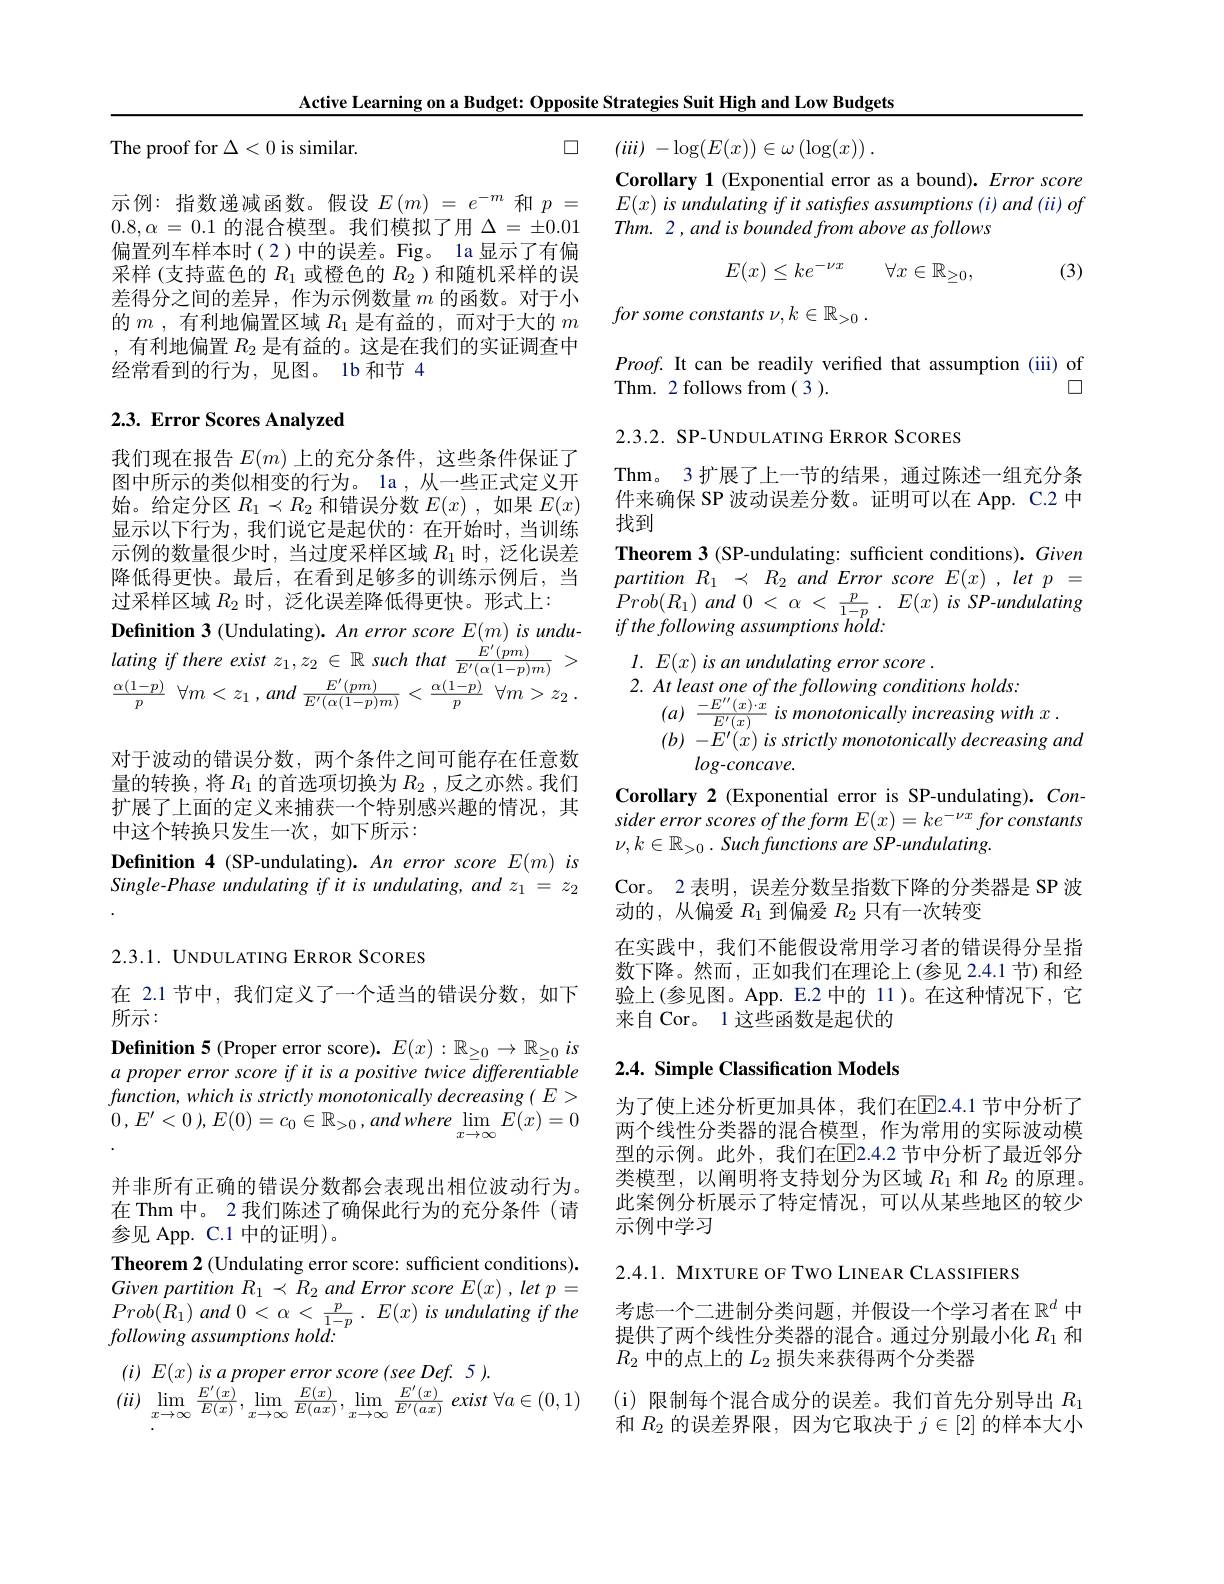
Active Learning on a Budget: Opposite Strategies Suit High and Low Budgets

The proof for $\Delta<0$ is similar.

$\square$ $( i\ddot{u} )$ $- \log ( E( x) ) \in \omega \left ( \log ( x) \right ) .$

Corollary 1 (Exponential error as a bound). Error score $E( x) \textit{is undulating if it satisfres assumptions }( i) \textit{and ( ii) of}$ Thm. 2, and is bounded from above as follows
$$E(x)\leq ke^{-\nu x}\quad\forall x\in\mathbb{R}_{\geq0},$$
(3)

示例：指数递减函数。假设$E(m)=e^-m$和$p=$ $0.8,\alpha=0.1$的混合模型。我们模拟了用$\Delta=\pm0.01$ 偏置列车样本时(2)中的误差。Fig。la 显示了有偏采样 (支持蓝色的$R_1$或橙色的$R_2$ )和随机采样的误差得分之间的差异，作为示例数量$m$的函数。对于小的$m$ ,有利地偏置区域$R_1$是有益的，而对于大的$m$ ,有利地偏置$R_{2}$是有益的。这是在我们的实证调查中经常看到的行为，见图。1b 和节 4

for some constants $\nu , k\in \mathbb{R} _> 0$ .

$Proof.$ It can be readily verified that assumption (iii) of
$\square$
Thm. 2 follows from (3).

## 2.3. Error Scores Analyzed

我们现在报告$E(m)$上的充分条件，这些条件保证了图中所示的类似相变的行为。la ,从一些正式定义开始。给定分区$R_1\prec R_2$和错误分数$E(x)$,如果$E(x)$ 显示以下行为，我们说它是起伏的：在开始时，当训练示例的数量很少时，当过度采样区域$R_1$时，泛化误差降低得更快。最后，在看到足够多的训练示例后，当过采样区域$R_{2}$时，泛化误差降低得更快。形式上：
Definition 3 (Undulating). An error score $E(m)$ is undulating $if$ there exist $z_{1}, z_{2}$ $\in$ $\mathbb{R}$ such that $\frac {\dot{E} ^{\prime }( pm) }{E^{\prime }( \alpha ( 1- p) m) }$ > $\frac {\alpha ( 1- p) }p$ $\forall m< z_{1}$ , and $\frac {E^{\prime }( pm) }{E^{\prime }( \alpha ( 1- p) m) }$ < $\frac {\alpha ( 1- p) }p$ $\forall m> z_{2}$ .

2.3.2. SP-UNDULATING ERROR SCORES
Thm。3 扩展了上一节的结果，通过陈述一组充分条件来确保 SP 波动误差分数。证明可以在 App. C.2 中找到
Theorem 3 (SP-undulating: sufficient conditions). Given $partition~R_{1}~\prec~R_{2}~and~Error~score~E(x)~,~let~p~=$ $Prob(R_{1})$ and $0<\alpha<\frac p{1-p}.E(x)$ is SP-undulating if the following assumptions hold:
$l.~E(x)~is~an~undulating~error~score~.$
2. At least one of the following conditions holds:
$(a)~\frac{-E^{\prime\prime}(x)\cdot x}{E^{\prime}(x)}~is~monotonically~increasing~with~x~.$
$(b)~-E^{\prime}(x)~is~strictly~monotonically~decreasing~and$
$log-concave.$
Corollary 2(Exponential error is SP-undulating). Consider error scores of the form $E(x)=ke^{-\nu x}$ for constants $\nu , k\in \mathbb{R} _{> 0}$ . Such functions are $SP- undulating.$
Cor。2 表明，误差分数呈指数下降的分类器是 SP 波
动的，从偏爱$R_1$到偏爱$R_2$只有一次转变
在实践中，我们不能假设常用学习者的错误得分呈指数下降。然而，正如我们在理论上(参见 2.4.1 节)和经验上(参见图。App.E.2 中的 11)。在这种情况下，它来自 Cor。1 这些函数是起伏的

对于波动的错误分数，两个条件之间可能存在任意数量的转换，将$R_1$的首选项切换为$R_2$ ,反之亦然。我们扩展了上面的定义来捕获一个特别感兴趣的情况，其中这个转换只发生一次，如下所示：

$\textbf{Definition}4$(SP-undulating).AnerrorscoreE(m)is Single-Phase undulating if it is undulating, and z = z 2

2.3.1. UNDULATING ERROR SCORES

在 2.1 节中，我们定义了一个适当的错误分数，如下
所示：

$\textbf{Definition 5}($Proper error score$).E(x):\mathbb{R}_\geq0\to\mathbb{R}_\geq0is$

## 2.4. Simple Classification Models

a proper error score if it is a positive twice differentiable

$function,whichisstrictlymonotonicallydecreasing(E>$

0 , $E^{\prime }< 0$ ), $E( 0) = c_{0}\in \mathbb{R} _{> 0}$ , and where $\operatorname* { lim} _{x\to \infty }$ $E( x) = 0$

为了使上述分析更加具体，我们在回2.4.1 节中分析了两个线性分类器的混合模型，作为常用的实际波动模型的示例。此外，我们在E2.4.2 节中分析了最近邻分类模型，以阐明将支持划分为区域$R_{1}$和$R_{2}$的原理。此案例分析展示了特定情况，可以从某些地区的较少示例中学习

并非所有正确的错误分数都会表现出相位波动行为。在 Thm 中。2 我们陈述了确保此行为的充分条件 (请参见 App. C.1 中的证明)。
Theorem 2 (Undulating error score: sufficient conditions). Given partition $R_{1}$ $\prec$ $R_{2}$ and Error score $E( x)$ $, let$ $p=$ $Prob(R_{1})$ and $0<\alpha<\frac p{1-p}.E(x)$ is undulating if the following assumptions hold:

2.4.1. MIXTURE OF TWO LINEAR CLASSIFIERS

考虑一个二进制分类问题，并假设一个学习者在$\mathbb{R}^d$中提供了两个线性分类器的混合。通过分别最小化$R_{1}$和$R_2$中的点上的$L_2$损失来获得两个分类器

$( ii) \lim _{x\to \infty }\frac {E^{\prime }( x) }{E( x) }, \lim _{x\to \infty }\frac {E( x) }{E( ax) }, \lim _{x\to \infty }\frac {E^{\prime }( x) }{E^{\prime }( ax) }exist$ $\forall a\in ( 0, 1)$ (i) 限制每个混合成分的误差。我们首先分别导出$R_1$
和$R_2$的误差界限，因为它取决于$j\in[2]$的样本大小

$( i)$ $E( x)$ $is$ $a$ proper error score $( see$ $Def.$ 5 ).